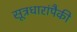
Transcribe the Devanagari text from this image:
सूत्रधारांपैकी